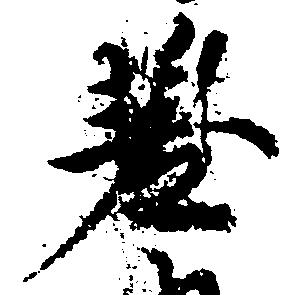
差